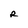
Character: R